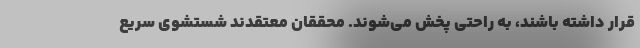
قرار داشته باشند، به راحتی پخش می‌شوند. محققان معتقدند شستشوی سریع